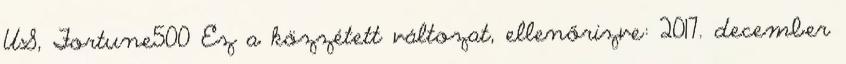
US, Fortune500 Ez a közzétett változat, ellenőrizve: 2017. december